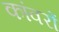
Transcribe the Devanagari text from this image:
कांवरों